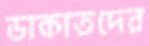
ডাকাতদের